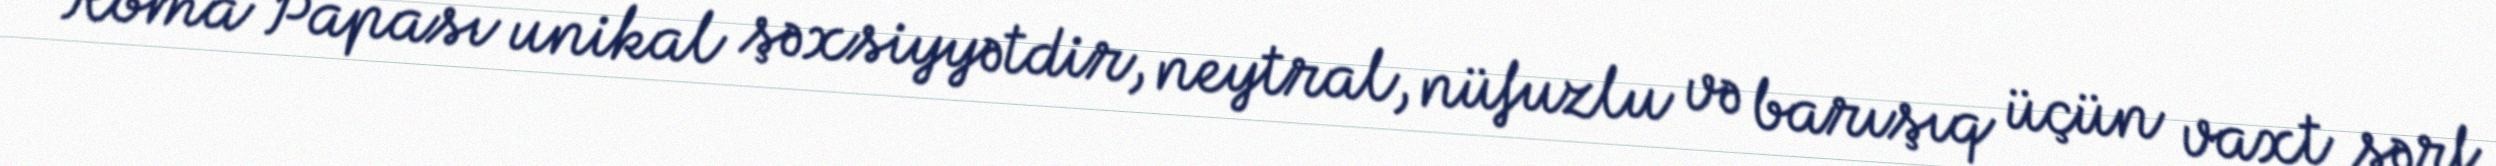
Roma Papası unikal şəxsiyyətdir, neytral, nüfuzlu və barışıq üçün vaxt sərf